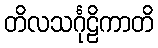
တိလသင်္ဂုဠိကာတိ